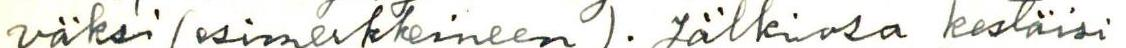
väksi (esimerkkeineen). Jälkiosa kestäisi